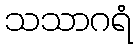
သသာဂရံ